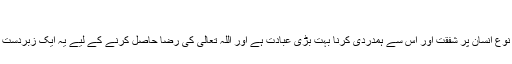
216)
نیر فرمایا: نوعِ انسان پر شفقت اور اس سے ہمدردی کرنا بہت بڑی عبادت ہے اور اللہ تعالیٰ کی رضا حاصل کرنے کے لیے یہ ایک زبردست ذریعہ ہے۔